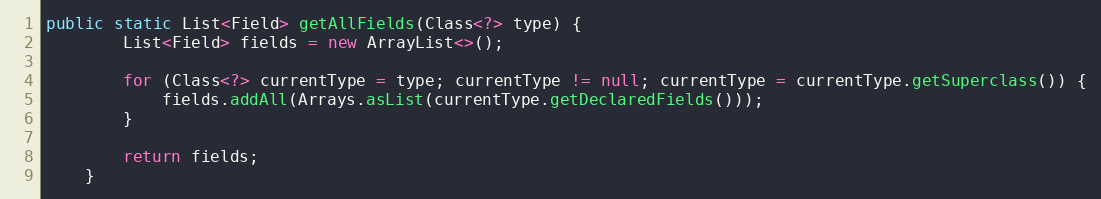
Language: Java
public static List<Field> getAllFields(Class<?> type) {
        List<Field> fields = new ArrayList<>();

        for (Class<?> currentType = type; currentType != null; currentType = currentType.getSuperclass()) {
            fields.addAll(Arrays.asList(currentType.getDeclaredFields()));
        }

        return fields;
    }